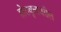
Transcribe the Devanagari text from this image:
होरावृत्तावरील